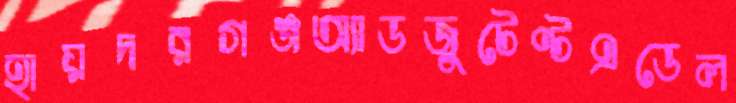
হায়দরগঞ্জঅ্যাডজুটেণ্টএডেল